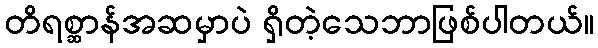
တိရစ္ဆာန်အဆမှာပဲ ရှိတဲ့သေဘာဖြစ်ပါတယ်။